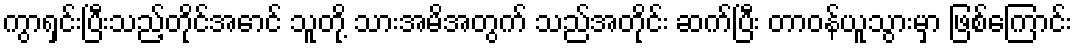
ကွာရှင်းပြီးသည့်တိုင်အောင် သူတို့ သားအမိအတွက် သည်အတိုင်း ဆက်ပြီး တာဝန်ယူသွားမှာ ဖြစ်ကြောင်း